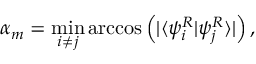
\alpha _ { m } = \operatorname* { m i n } _ { i \neq j } \operatorname { a r c c o s } \left( | \langle \psi _ { i } ^ { R } | \psi _ { j } ^ { R } \rangle | \right) ,